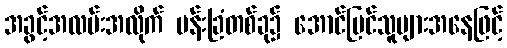
အခွင့်အလမ်းအလိုက် ပန်းခြံတစ်ခု၌ အောင်မြင်သူများအနေဖြင့်